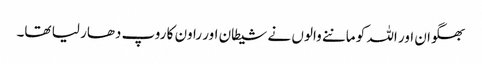
بھگوان اور اللہ کو ماننے والوں نے شیطان اور راون کا روپ دھار لیا تھا۔